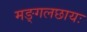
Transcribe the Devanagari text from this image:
मङ्गलछायः